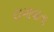
લગાવાતા